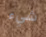
شيء